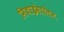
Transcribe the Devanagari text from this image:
मिथाईसालिन